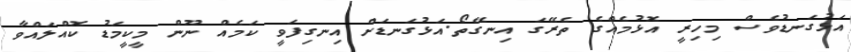
އަޅުގަނޑުވެސް މިހިރީ އޮޅުމެއްގެ ތެރޭގަ އިނގޭތޯ.އަޅުގަނޑަށް އިނގިފަވީ ކަމެއް ނޫން މީކީމަޑު ކޮއްލައްވާ